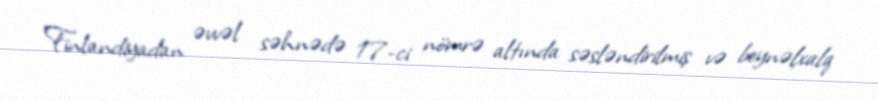
Finlandiyadan əvvəl səhnədə 17-ci nömrə altında səsləndirilmiş və beynəlxalq